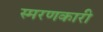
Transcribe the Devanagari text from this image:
स्मरणकारी